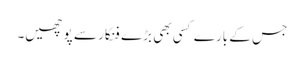
جس کے بارے کسی بھی بڑے فنکار سے پوچھیں۔